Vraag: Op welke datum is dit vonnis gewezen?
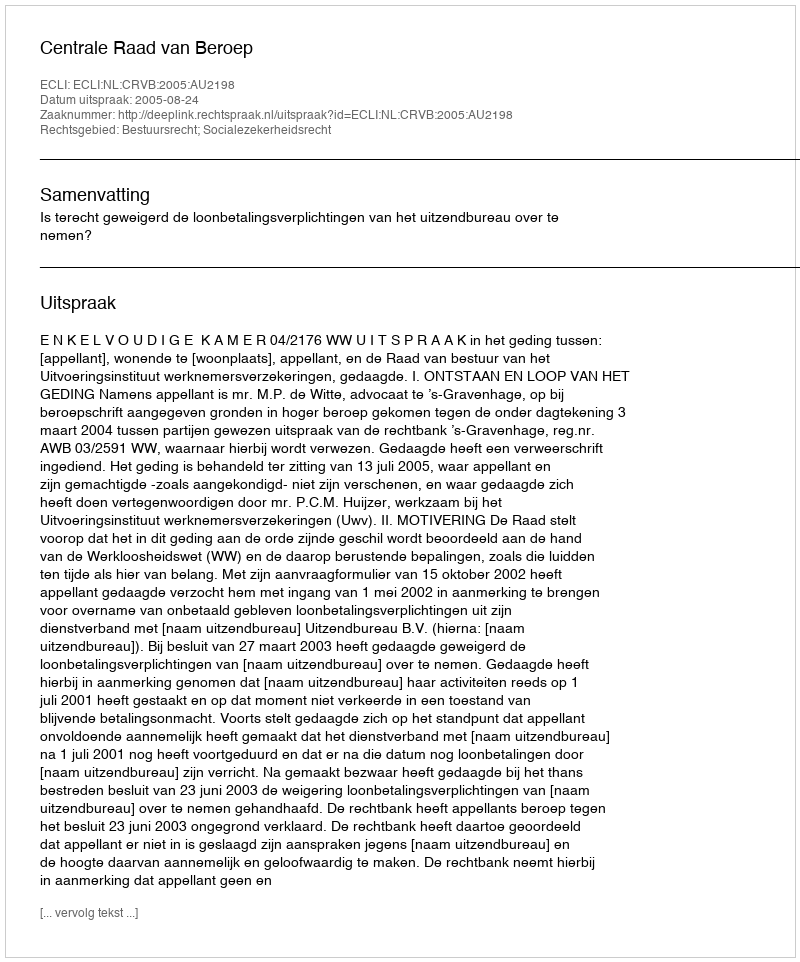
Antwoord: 2005-08-24